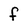
Character: f